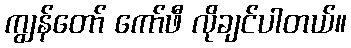
ကျွန်တော် ကော်ဖီ လိုချင်ပါတယ်။